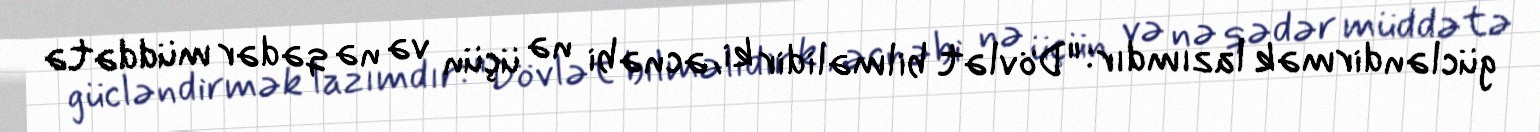
gücləndirmək lazımdır: "Dövlət bilməlidir ki, əcnəbi nə üçün və nə qədər müddətə